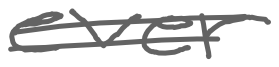
Text: ever
Cross-out: double-line
Writing tool: digital_gray